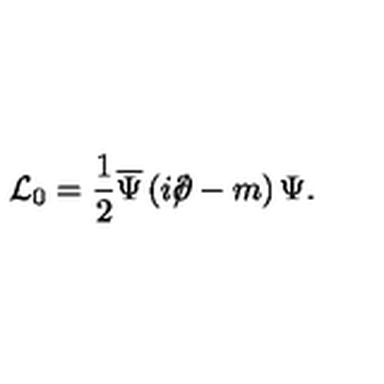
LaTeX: { \cal L } _ { 0 } = \frac 1 2 \overline { \Psi } \left( i \rlap \slash \partial - m \right) \Psi .